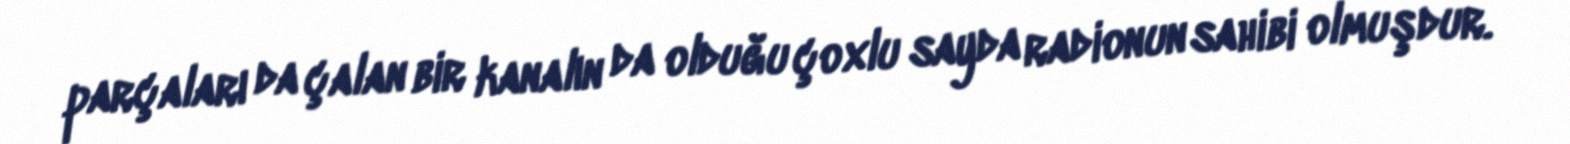
parçaları da çalan bir kanalın da olduğu çoxlu sayda radionun sahibi olmuşdur.